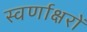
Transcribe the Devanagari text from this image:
स्‍वर्णाक्षरों